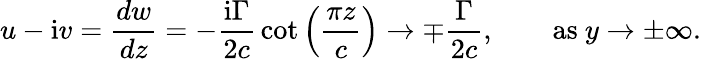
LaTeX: u-\mathrm{i}v={\frac{dw}{dz}}=-{\frac{\mathrm{i}\Gamma}{2c}}\cot\left({\frac{\pi z}{c}}\right)\rightarrow\mp{\frac{\Gamma}{2c}},\qquad\mathrm{as}~y\rightarrow\pm\infty.